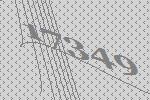
17349